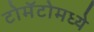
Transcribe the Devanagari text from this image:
टोमॅटोमध्ये